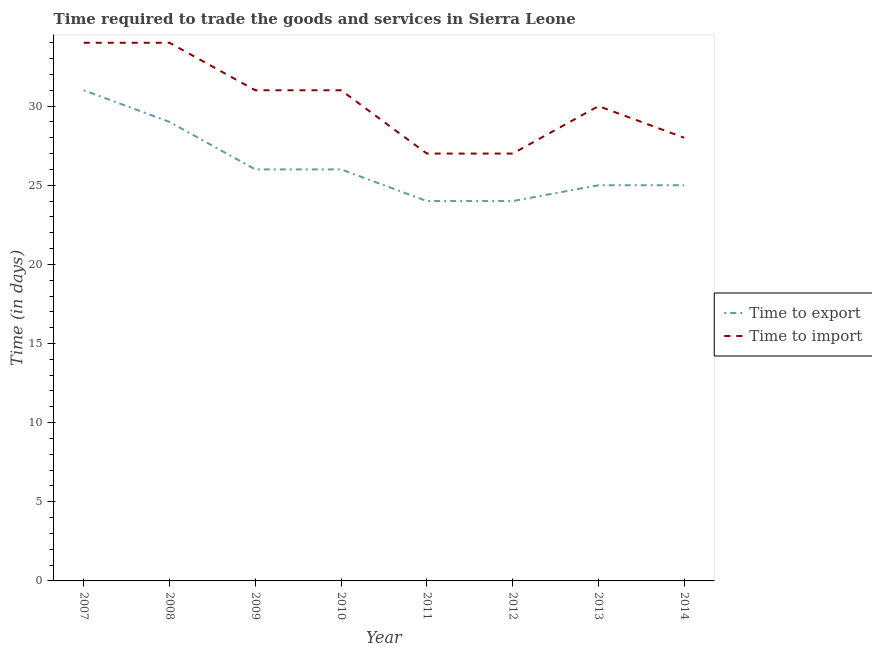
| Year | Time to export | Time to import |
 | --- | --- | --- |
 | 2007 | 31 | 34 |
 | 2008 | 29 | 34 |
 | 2009 | 26 | 31 |
 | 2010 | 26 | 31 |
 | 2011 | 24 | 27 |
 | 2012 | 24 | 27 |
 | 2013 | 25 | 30 |
 | 2014 | 25 | 28 |